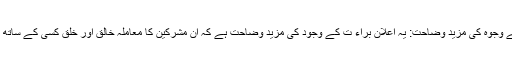
اعلان براء ت کے وجوہ کی مزید وضاحت: یہ اعلان براء ت کے وجود کی مزید وضاحت ہے کہ ان مشرکین کا معاملہ خالق اور خلق کسی کے ساتھ بھی درست نہیں۔